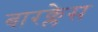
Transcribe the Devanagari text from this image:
बारक्लेस